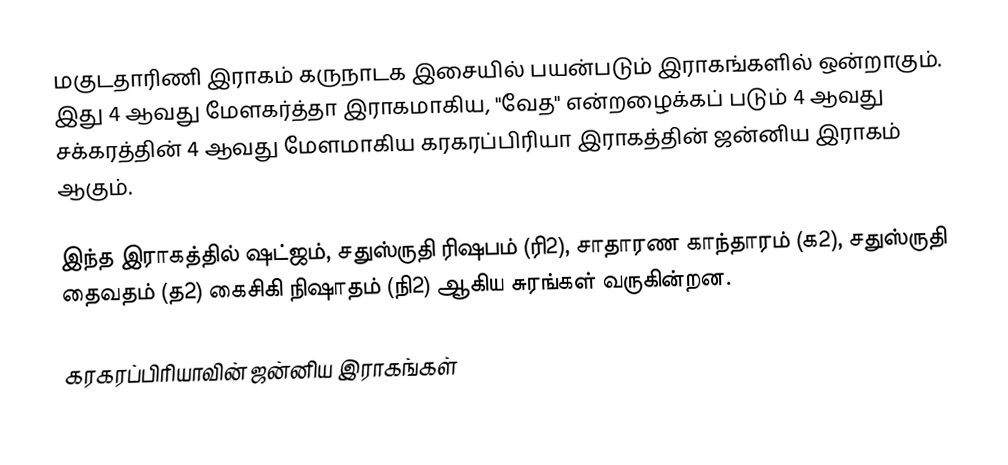
மகுடதாரிணி இராகம் கருநாடக இசையில் பயன்படும் இராகங்களில் ஒன்றாகும். இது 4 ஆவது மேளகர்த்தா இராகமாகிய, "வேத" என்றழைக்கப் படும் 4 ஆவது சக்கரத்தின் 4 ஆவது மேளமாகிய கரகரப்பிரியா இராகத்தின் ஜன்னிய இராகம் ஆகும்.

இந்த இராகத்தில் ஷட்ஜம், சதுஸ்ருதி ரிஷபம் (ரி2),  சாதாரண காந்தாரம் (க2), சதுஸ்ருதி தைவதம் (த2) கைசிகி நிஷாதம்  (நி2) ஆகிய சுரங்கள் வருகின்றன.

கரகரப்பிரியாவின் ஜன்னிய இராகங்கள்